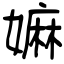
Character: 嫲